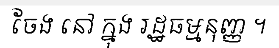
ចែង នៅ ក្នុង រដ្ឋធម្មនុញ្ញ ។